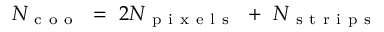
N _ { \mathrm { ~ c ~ o ~ o ~ } } ~ = ~ 2 N _ { \mathrm { ~ p ~ i ~ x ~ e ~ l ~ s ~ } } ~ + ~ N _ { \mathrm { ~ s ~ t ~ r ~ i ~ p ~ s ~ } }